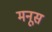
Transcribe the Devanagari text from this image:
मनूस